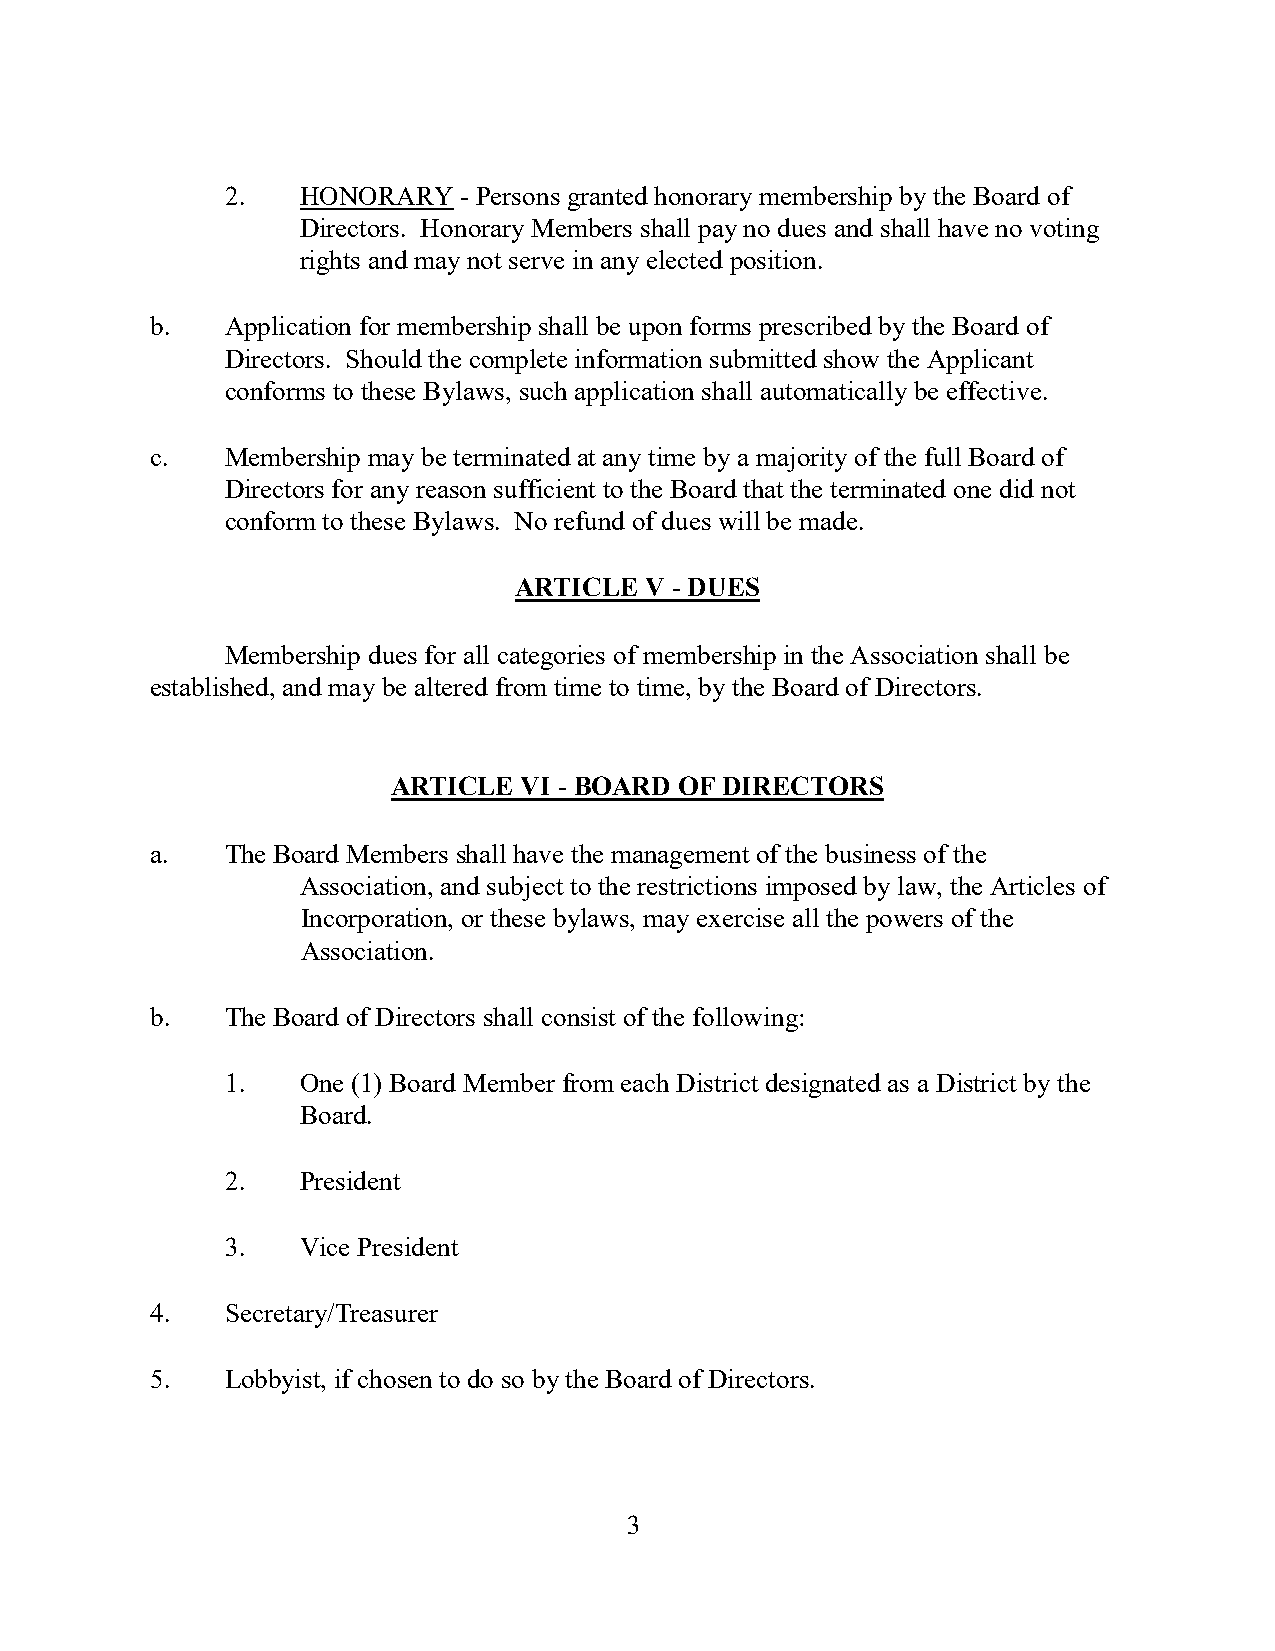
2.   HONORARY  - Persons granted honorary membership by the Board of
 Directors. Honorary Members shall pay no dues and shall have no voting
 rights and may not serve in any elected position.
 b.   Application for membership shall be upon forms prescribed by the Board of
 Directors. Should the complete information submitted show the Applicant
 conforms to these Bylaws, such application shall automatically be effective.
 c.   Membership may be terminated at any time by a majority of the full Board of
 Directors for any reason sufficient to the Board that the terminated one did not
 conform to these Bylaws. No refund of dues will be made.
 ARTICLE  V - DUES
 Membership dues for all categories of membership in the Association shall be
 established, and may be altered from time to time, by the Board of Directors.
 ARTICLE VI - BOARD OF DIRECTORS
 a.   The Board Members shall have the management of the business of the
 Association, and subject to the restrictions imposed by law, the Articles of
 Incorporation, or these bylaws, may exercise all the powers of the
 Association.
 b.   The Board of Directors shall consist of the following:
 1.   One (1) Board Member from each District designated as a District by the
 Board.
 2.   President
 3.   Vice President
 4.   Secretary/Treasurer
 5.   Lobbyist, if chosen to do so by the Board of Directors.
 3